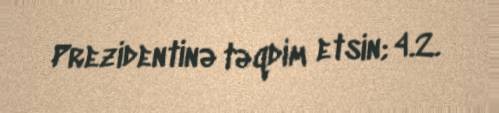
Prezidentinə təqdim etsin; 4.2.